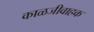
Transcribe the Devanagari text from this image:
काळजीवाहक